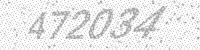
Solution: 472034